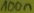
Text: 100n